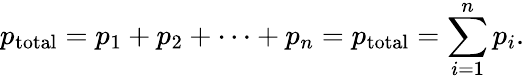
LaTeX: p_{\mathrm{total}}=p_{1}+p_{2}+\cdots+p_{n}=p_{\mathrm{total}}=\sum_{i=1}^{n}p_{i}.